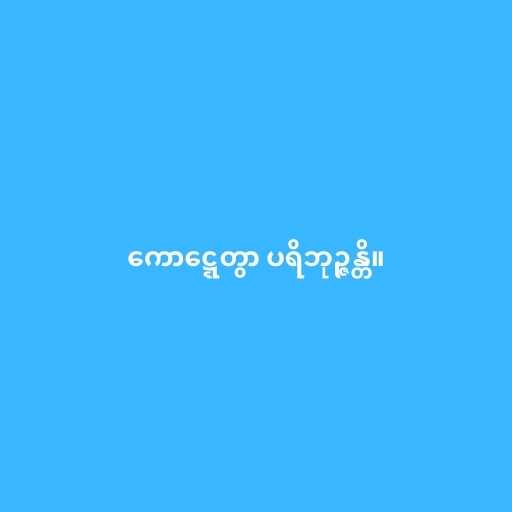
ကောဋ္ဋေတွာ ပရိဘုဉ္ဇန္တိ။